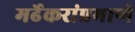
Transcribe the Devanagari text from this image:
मर्ढेकरांप्रमाणे